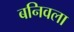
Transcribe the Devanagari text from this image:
बनिवला